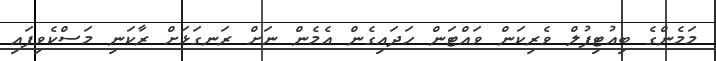
މަމެންގެ ބިއުޓިފުލް ވެރިކަން ވައްޓަން ހަދައިގެން އެމެން ނަށް ރަނގަޅަށް ރާކަނި މަސްކެވިފައި